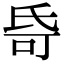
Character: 𬇌